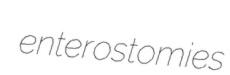
enterostomies